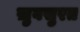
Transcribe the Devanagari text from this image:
ख़ुबसुरत